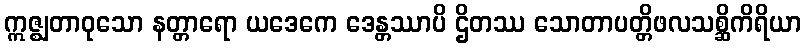
ဣဇ္ဈတာဝုသော နတ္တာရော ယဒေကေ ဒေန္တဿာပိ ဌိတဿ သောတာပတ္တိဖလသစ္ဆိကိရိယာ